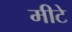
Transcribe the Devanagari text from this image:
मीटे